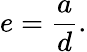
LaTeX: e={\frac{a}{d}}.